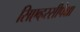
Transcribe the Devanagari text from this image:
सिएव्हरसीपेक्षा